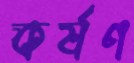
কর্ষণ